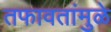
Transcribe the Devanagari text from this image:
तफावतांमुळे